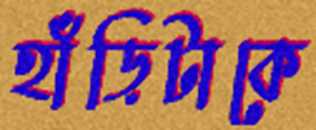
হাঁড়িটাকে